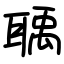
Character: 聥